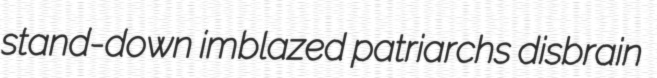
stand-down imblazed patriarchs disbrain